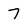
Character: 7